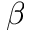
\beta